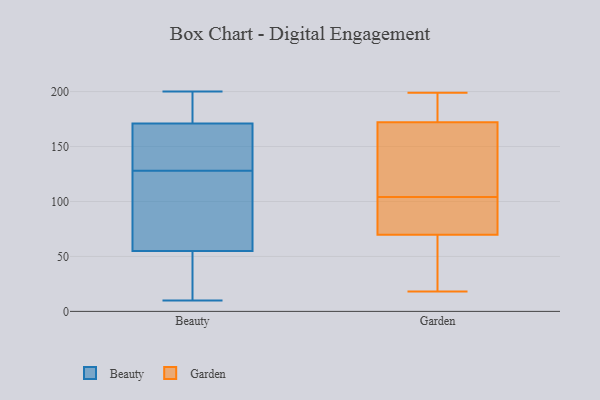
{"axis": {"x": "Production Output", "y": "Value"}, "legend": ["Beauty", "Garden"], "data": [{"x": "", "y": 11, "type": "Beauty"}, {"x": "", "y": 10, "type": "Beauty"}, {"x": "", "y": 86, "type": "Beauty"}, {"x": "", "y": 67, "type": "Beauty"}, {"x": "", "y": 162, "type": "Beauty"}, {"x": "", "y": 186, "type": "Beauty"}, {"x": "", "y": 27, "type": "Beauty"}, {"x": "", "y": 109, "type": "Beauty"}, {"x": "", "y": 171, "type": "Beauty"}, {"x": "", "y": 160, "type": "Beauty"}, {"x": "", "y": 55, "type": "Beauty"}, {"x": "", "y": 200, "type": "Beauty"}, {"x": "", "y": 179, "type": "Beauty"}, {"x": "", "y": 147, "type": "Beauty"}, {"x": "", "y": 69, "type": "Garden"}, {"x": "", "y": 70, "type": "Garden"}, {"x": "", "y": 99, "type": "Garden"}, {"x": "", "y": 104, "type": "Garden"}, {"x": "", "y": 190, "type": "Garden"}, {"x": "", "y": 99, "type": "Garden"}, {"x": "", "y": 40, "type": "Garden"}, {"x": "", "y": 199, "type": "Garden"}, {"x": "", "y": 158, "type": "Garden"}, {"x": "", "y": 166, "type": "Garden"}, {"x": "", "y": 196, "type": "Garden"}, {"x": "", "y": 18, "type": "Garden"}, {"x": "", "y": 158, "type": "Garden"}]}